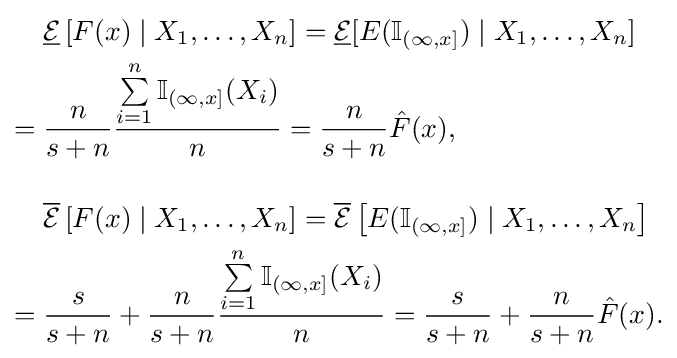
{\begin{aligned}&{\underline {\mathcal {E}}}\left[F(x)\mid X_{1},\dots ,X_{n}\right]={\underline {\mathcal {E}}}[E(\mathbb {I} _{(\infty ,x]})\mid X_{1},\dots ,X_{n}]\\={}&{\frac {n}{s+n}}{\frac {\sum \limits _{i=1}^{n}\mathbb {I} _{(\infty ,x]}(X_{i})}{n}}={\frac {n}{s+n}}{\hat {F}}(x),\\[12pt]&{\overline {\mathcal {E}}}\left[F(x)\mid X_{1},\dots ,X_{n}\right]={\overline {\mathcal {E}}}\left[E(\mathbb {I} _{(\infty ,x]})\mid X_{1},\dots ,X_{n}\right]\\={}&{\frac {s}{s+n}}+{\frac {n}{s+n}}{\frac {\sum \limits _{i=1}^{n}\mathbb {I} _{(\infty ,x]}(X_{i})}{n}}={\frac {s}{s+n}}+{\frac {n}{s+n}}{\hat {F}}(x).\end{aligned}}